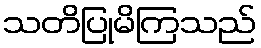
သတိပြုမိကြသည်